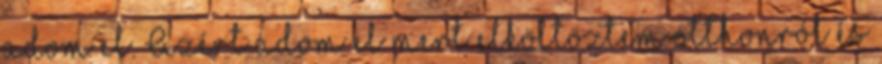
adom el. Azért adom el mert elköltöztem otthonról és